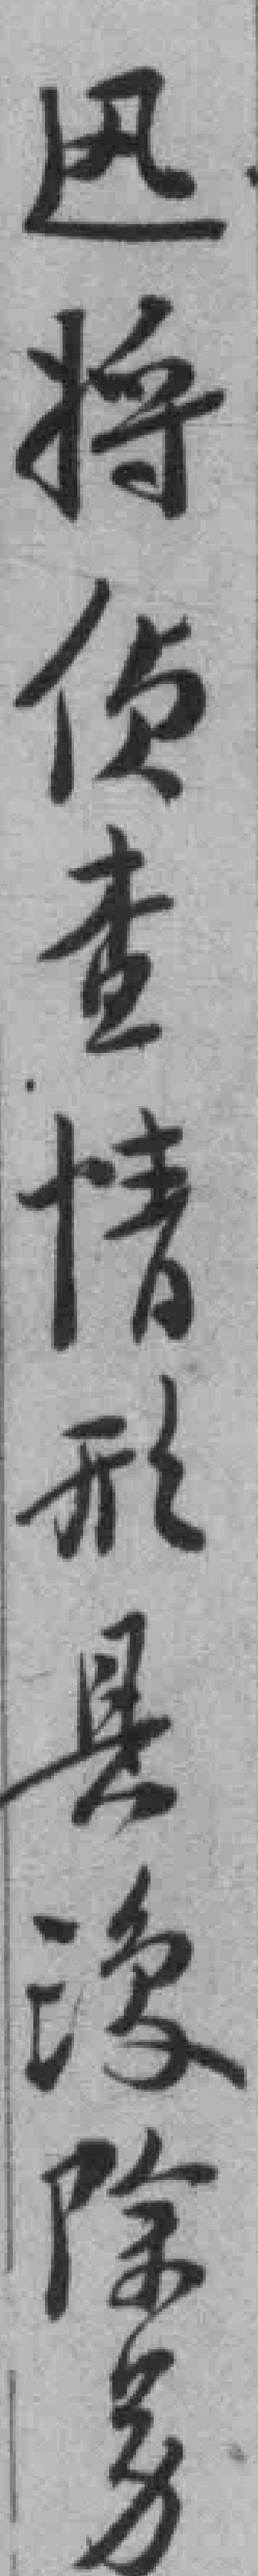
迅将侦查情形县*除*